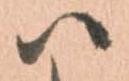
ハ